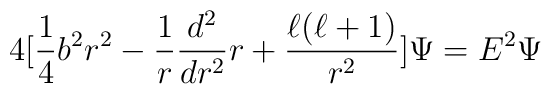
4[\frac{1}{4}b^{2}r^{2}-\frac{1}{r}\frac{d^{2}}{dr^{2}}r                                +\frac{\ell(\ell+1)}{r^{2}}]\Psi=E^{2}\Psi